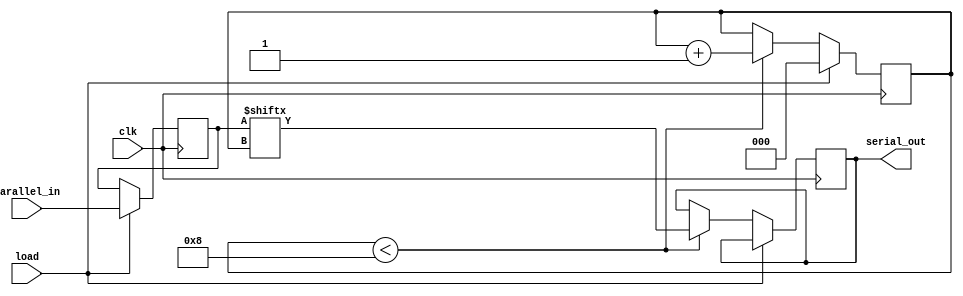
module parallel_in_serial_out(
    input [7:0] parallel_in,
    input clk,
    input load,
    output reg serial_out
    );

    reg [7:0] parallel_data;
    reg [2:0] shift_cnt;

    always @(posedge clk) begin
        if (load) begin
            parallel_data <= parallel_in;
            shift_cnt <= 0;
        end else begin
            if (shift_cnt < 8) begin
                serial_out <= parallel_data[shift_cnt];
                shift_cnt <= shift_cnt + 1;
            end
        end
    end
endmodule